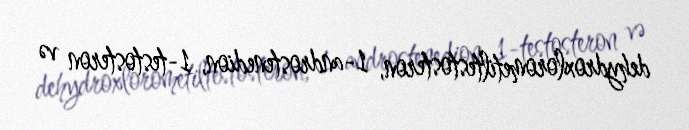
dehydroxlorometiltestosteron, 1-androstenedion, 1-testosteron və